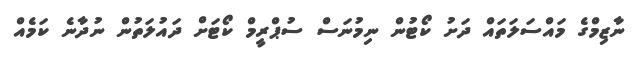
ނާޒިމްގެ މައްސަލަތައް ދަށު ކޯޓުން ނިމުނަސް ސުޕްރީމް ކޯޓަށް ދައުލަތުން ނުދާނެ ކަމެއް